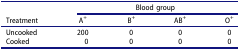
<table><thead><tr><td rowspan="2"><b>Treatment</b></td><td colspan="4"><b>Blood group</b></td></tr><tr><td><b>A<sup>+</sup></b></td><td><b>B<sup>+</sup></b></td><td><b>AB<sup>+</sup></b></td><td><b>O<sup>+</sup></b></td></tr></thead><tbody><tr><td>Uncooked</td><td>200</td><td>0</td><td>0</td><td>0</td></tr><tr><td>Cooked</td><td>0</td><td>0</td><td>0</td><td>0</td></tr></tbody></table>